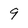
Character: 9